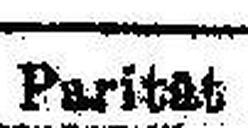
Parität